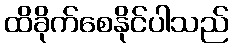
ထိခိုက်စေနိုင်ပါသည်